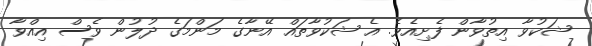
ޝަކުވާ އިތުވާން ފެށިއެވެ. އެ ޝަކުވާތައް އޭނާގެ މަންމަގެ ދުލުން ވެސް އިއްވާ